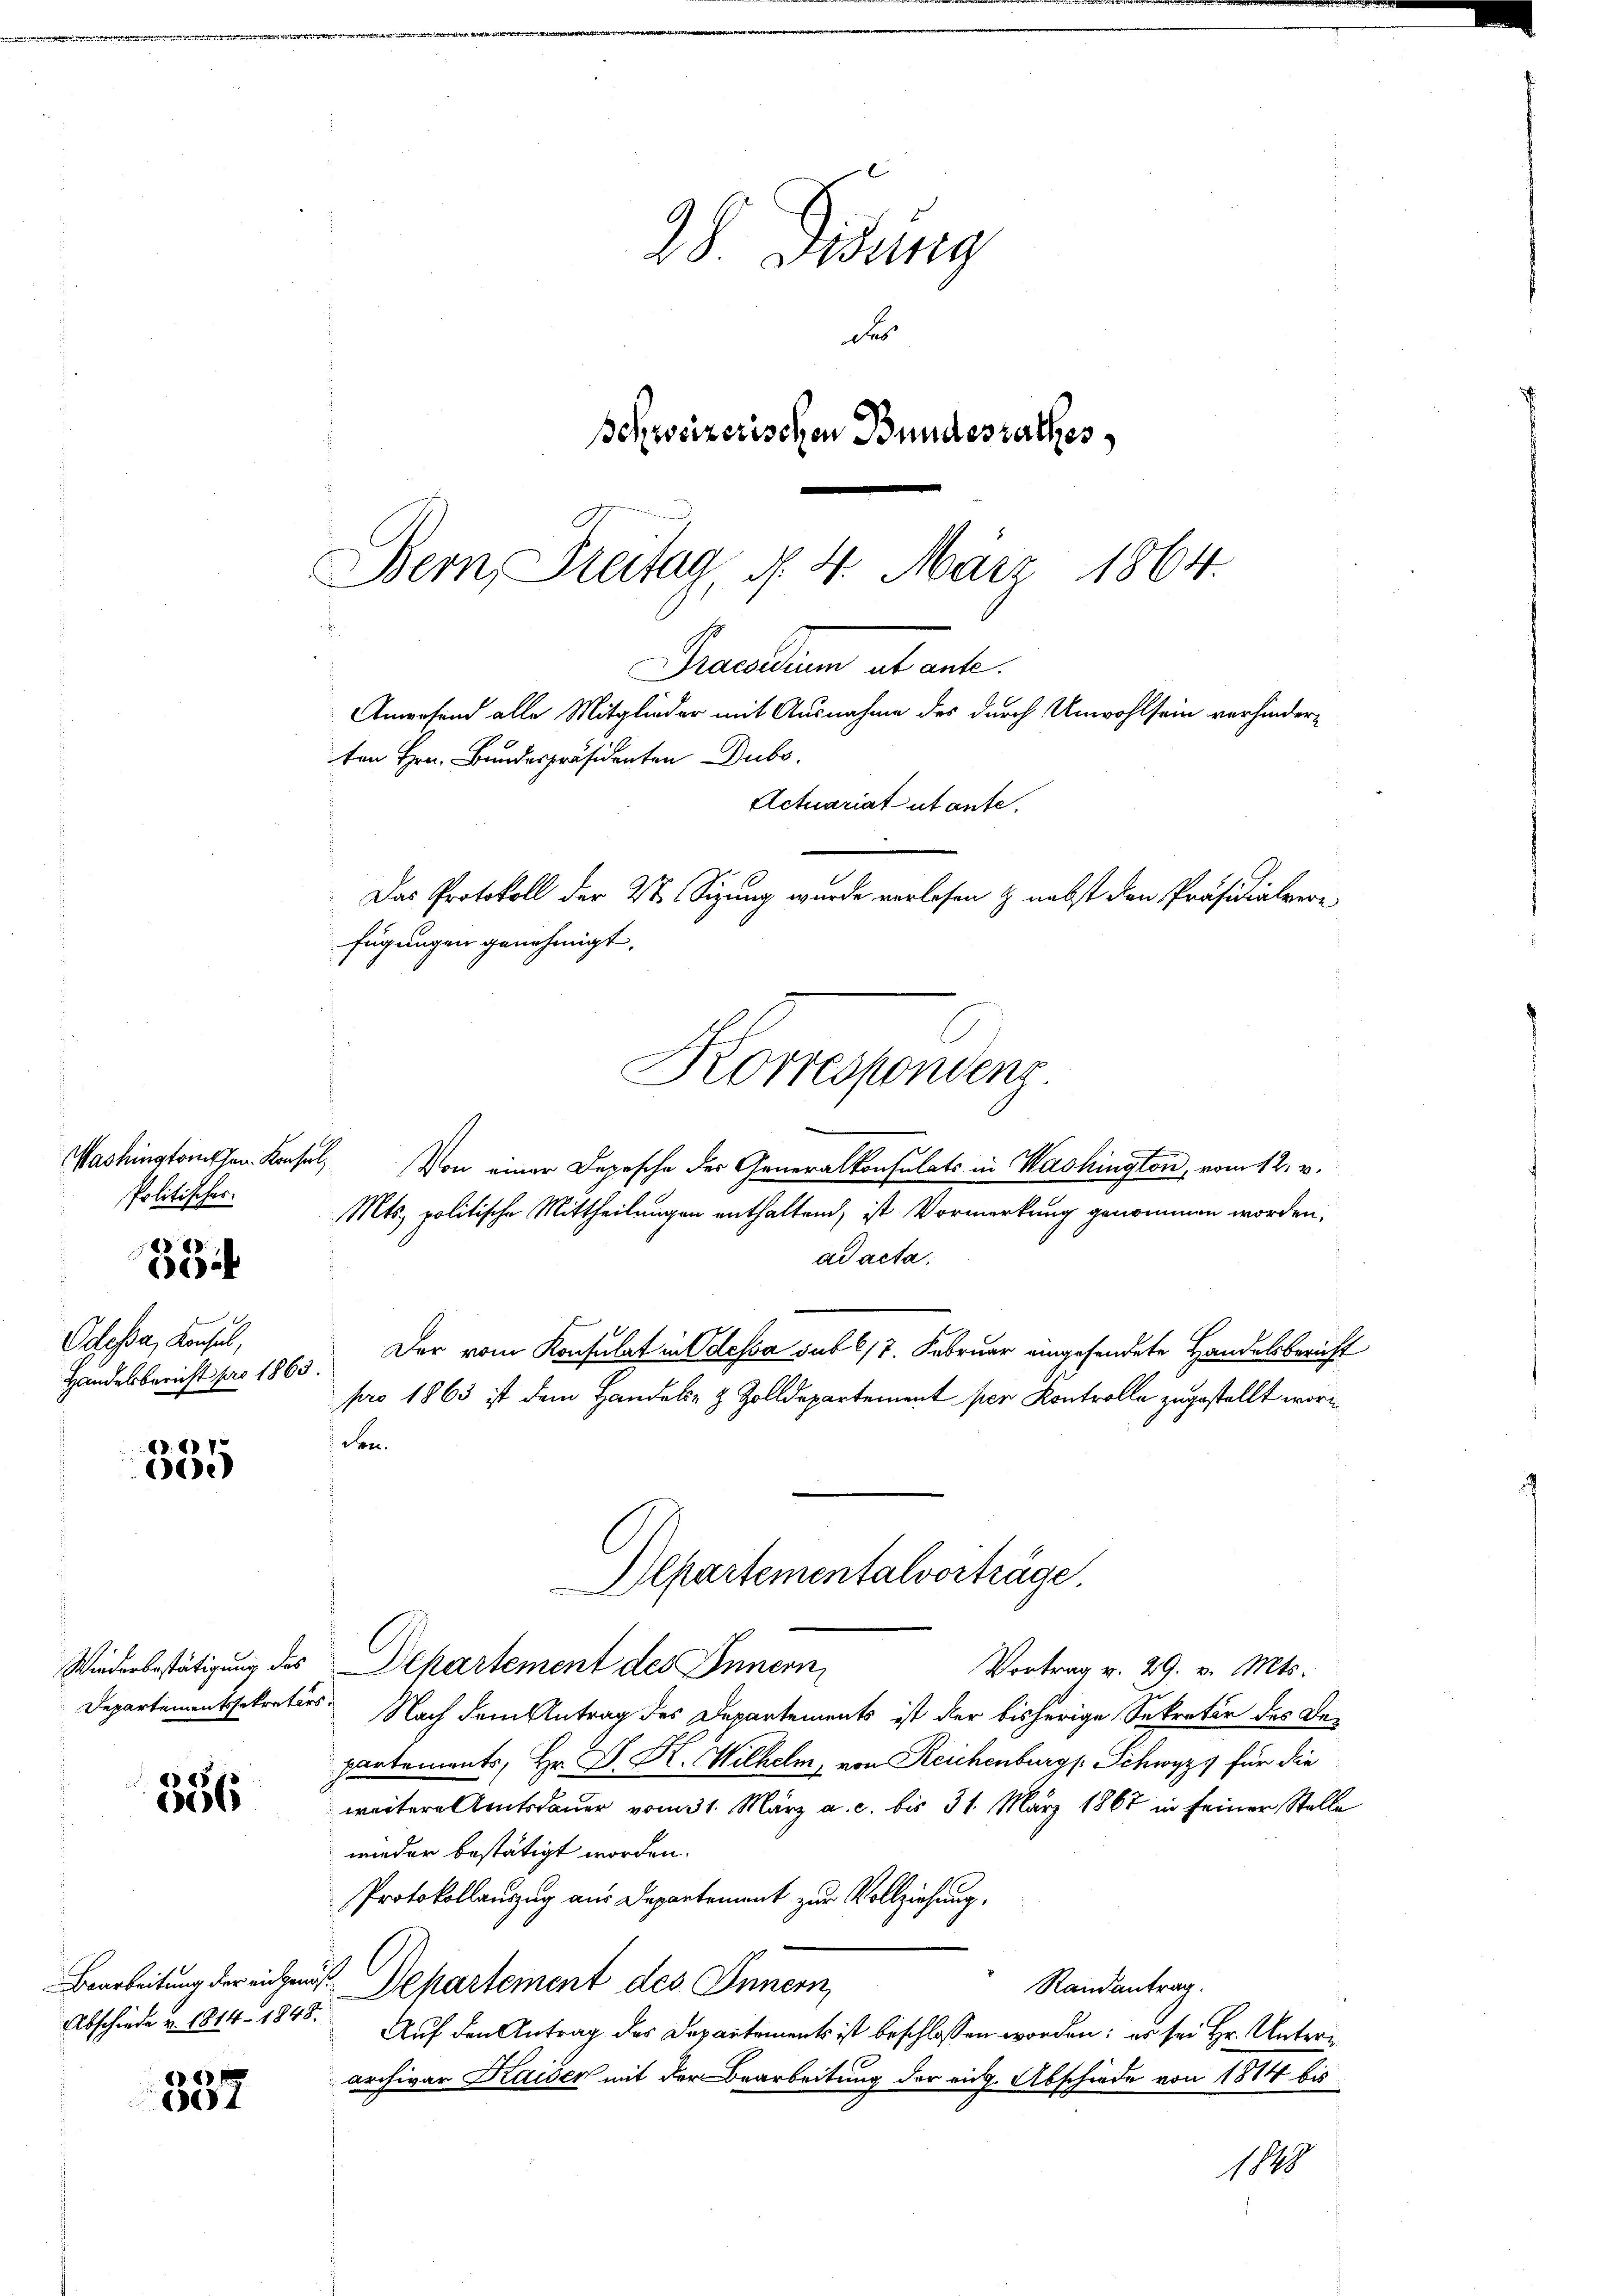
ashingtonischen. Konsul
Politisches

33

Odessa, Konsul,
Handelsbericht pro 1863.

1
)

Wiederbestätigung des

356

Abschiede u. 1814. 1848.

357

28 Gesung
d
schweizerischen Bundesrathes

Bern, Freitag, d. 4. März 1864.
Preellen alt erte.
Anwesend alle Mitglieder mit Ausnahme des durch Unwohlsein verhinderten Hrn. Bundespräsidenten Dubo.
Actuariat utante,
Das Protokoll der 2te Sitzung wurde verlesen & nebst den Präsidialvere
fügungen genehmigt.
Korrespondens.

Von einer Depesche der Generalkonsulats in Washington, vom 12. v.
Mts. politische Mittheilungen enthaltend, ist Vormerkung genommen worden,
ad acta.
Der vom Konsulat in Odessa sub 6/7. Februar eingesendete Handelsbericht
pro 1863 ist dem Handels- & Zolldepartement per Kontrolle zugestellt worin
den.
Departement des Innern
Vortrag v. 29. v. Mts.
Departementssekretärs Nach dem Antrag des Departements ist der bisherige Sekretär des Departements, Hr. D. R. Wilhelm, von Reichenburg Schwyz, für die
weitere Amtsdauer vom 31. März a. c. bis 31. März 1867 in seiner Stelle
wieder bestätigt worden.
Protokollauszug aus Departement zur Vollziehung.
Bearbeitung der einen Behartement des Innern,
Randantrag.
Auf den Antrag des Departements ist beschlossen worden; es sei Hr. Unterarchivar Kaiser mit der Bearbeitung der eidg. Abschiede von 1884 bis
1848

Departementalverträge.